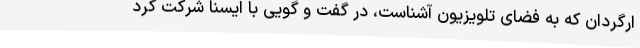
ارگردان که به فضای تلویزیون آشناست، در گفت و گویی با ایسنا شرکت کرد